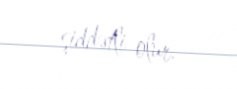
şiddətli olur.